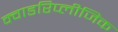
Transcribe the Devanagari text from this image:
क्वाडरिप्लीजिक